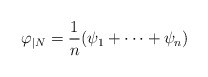
\begin{align*}\varphi_{|N} = \frac{1}{n} (\psi_1 + \cdots + \psi_n) \end{align*}